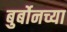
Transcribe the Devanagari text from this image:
बुर्बोनच्या